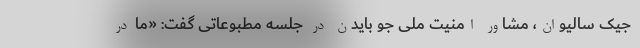
جیک سالیوان، مشاور امنیت ملی جو بایدن در جلسه مطبوعاتی گفت: «ما در